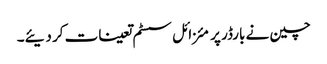
چین نے بارڈر پر مئزائل سسٹم تعینات کر دیئے۔